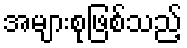
အများစုဖြစ်သည့်